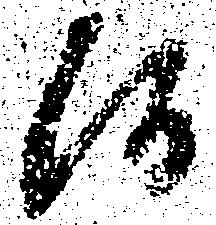
候